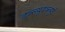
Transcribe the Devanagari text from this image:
डब्ल्यूदब्ल्युई